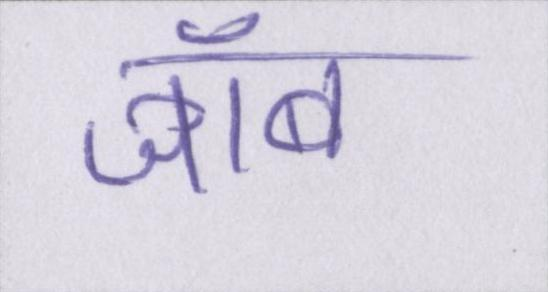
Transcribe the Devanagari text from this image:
जॉब